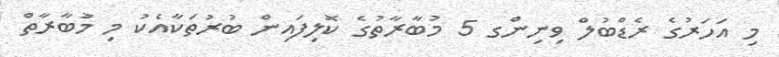
މި އަހަރުގެ ރެޑްބުލް ވިނިންގ 5 މުބާރާތުގެ ކޮލިފައިން ބުރުތަކާއެކު މި މުބާރާތް